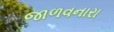
જાળવનારા